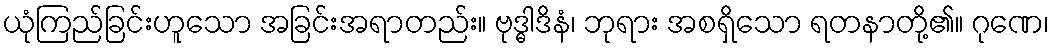
ယုံကြည်ခြင်းဟူသော အခြင်းအရာတည်း။ ဗုဒ္ဓါဒိနံ၊ ဘုရား အစရှိသော ရတနာတို့၏။ ဂုဏေ၊